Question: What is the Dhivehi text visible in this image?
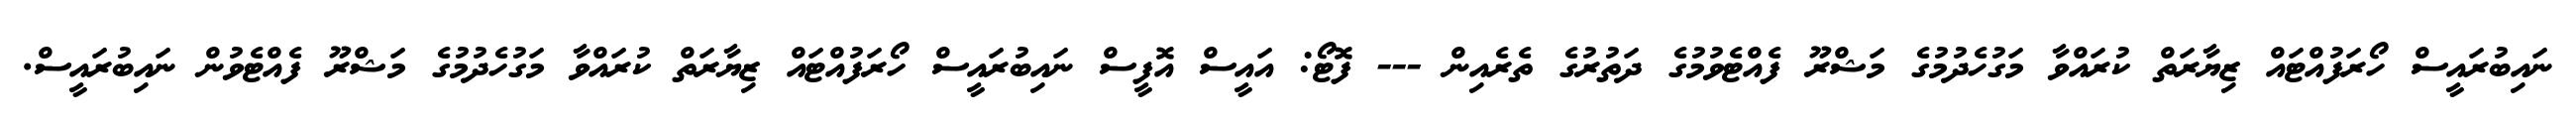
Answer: ނައިބުރައީސް ހޯރަފުއްޓައް ޒިޔާރަތް ކުރައްވާ މަގުހެދުމުގެ މަޝްރޫ ފެއްޓެވުމުގެ ދަތުރުގެ ތެރެއިން --- ފޮޓޯ: އައީސް އޮފީސް ނައިބުރައީސް ހޯރަފުއްޓައް ޒިޔާރަތް ކުރައްވާ މަގުހެދުމުގެ މަޝްރޫ ފެއްޓެވުން ނައިބުރައީސް.